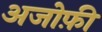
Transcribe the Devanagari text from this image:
अजोफ़ी